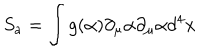
S _ { a } = \int g ( \alpha ) \partial _ { \mu } \alpha \partial _ { \mu } \alpha d ^ { 4 } x